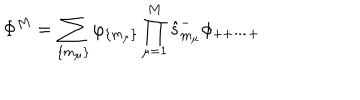
LaTeX: \Phi ^ { M } = \sum _ { \{ m _ { \mu } \} } \varphi _ { \{ m _ { \mu } \} } \prod _ { \mu = 1 } ^ { M } \hat { s } _ { m _ { \mu } } ^ { - } \phi _ { + + \cdots + }